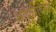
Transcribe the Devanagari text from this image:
आधारावरुन